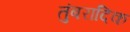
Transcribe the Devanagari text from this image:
तुंबरादिक